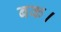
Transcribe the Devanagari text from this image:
बक।